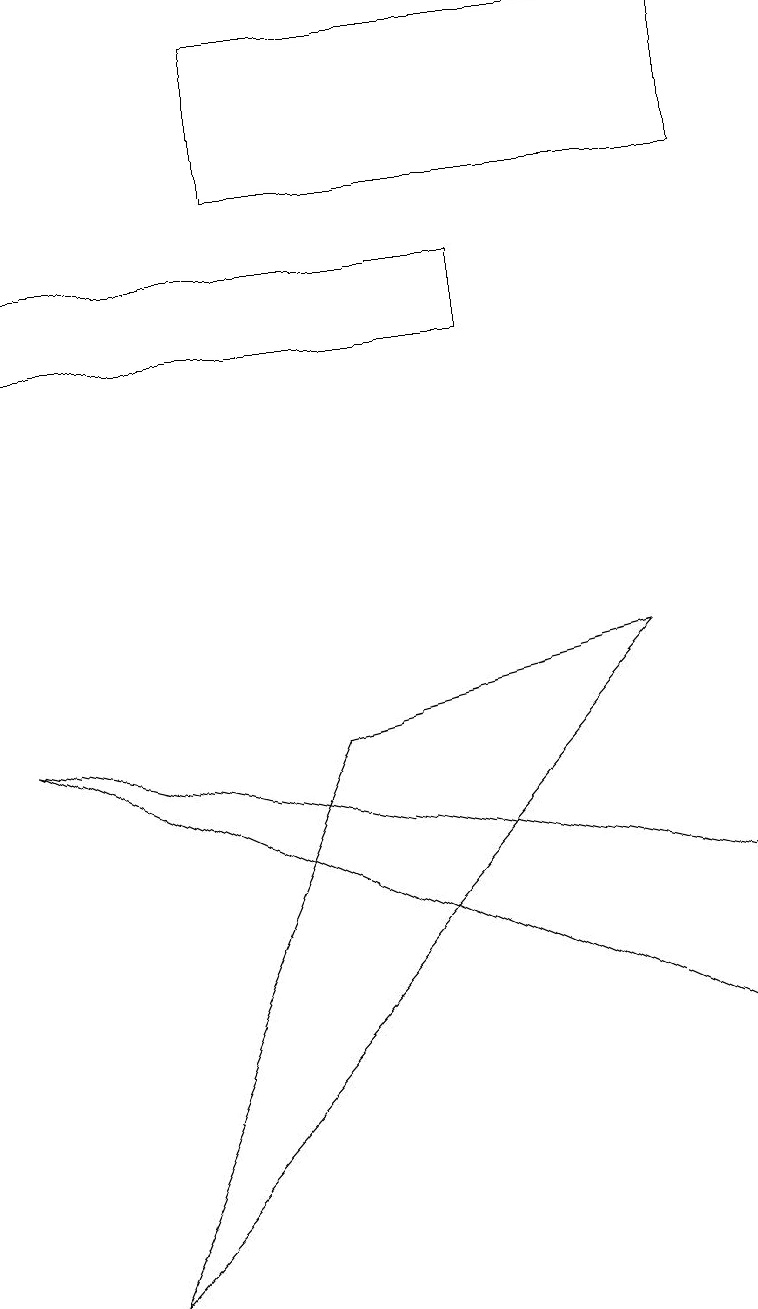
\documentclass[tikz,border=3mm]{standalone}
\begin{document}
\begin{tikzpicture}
\draw (3,14) rectangle (9,16);
\draw (6,13) rectangle (0,12);
\draw (9,5) -- (0,7) -- (9,3) -- cycle;
\draw (8,8) -- (4,7) -- (1,0) -- cycle;
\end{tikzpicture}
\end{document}